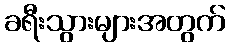
ခရီးသွားများအတွက်